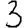
Digit: 3